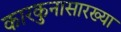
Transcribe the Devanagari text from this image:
कारकुनासारख्या